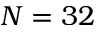
N = 3 2